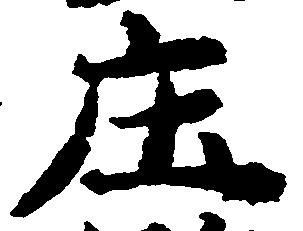
庄